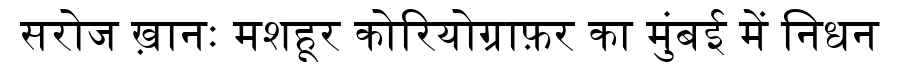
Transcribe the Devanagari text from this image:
सरोज ख़ानः मशहूर कोरियोग्राफ़र का मुंबई में निधन